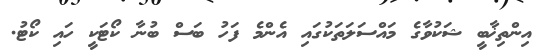
އިންތިޚާބީ ޝަކުވާގެ މައްސަލަތަކުގައި އެންމެ ފަހު ބަސް ބުނާ ކޯޓަކީ ހައި ކޯޓު.